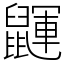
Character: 鼲